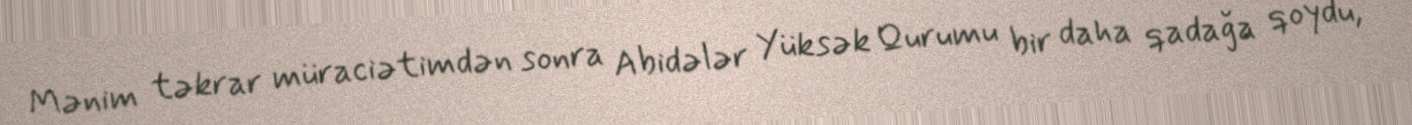
Mənim təkrar müraciətimdən sonra Abidələr Yüksək Qurumu bir daha qadağa qoydu,